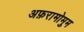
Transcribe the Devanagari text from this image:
अफ़रामोमुम